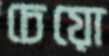
চেয়ো